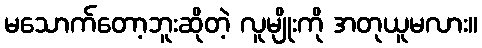
မသောက်တော့ဘူးဆိုတဲ့ လူမျိုးကို အတုယူမလား။